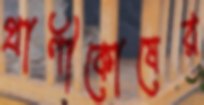
প্রাণীকোষের